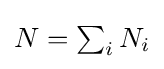
\textstyle N=\sum _{i}N_{i}